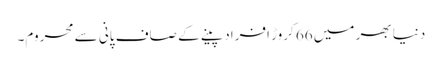
دنیا بھر میں 66 کروڑ افراد پینے کے صاف پانی سے محروم۔